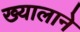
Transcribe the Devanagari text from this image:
ख्यालाने